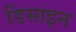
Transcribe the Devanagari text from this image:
डिसाइन